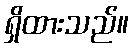
ရှိထားသည်။